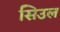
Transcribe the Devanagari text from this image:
सिउल